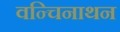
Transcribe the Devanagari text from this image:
वन्चिनाथन